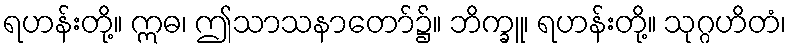
ရဟန်းတို့။ ဣဓ၊ ဤသာသနာတော်၌။ ဘိက္ခူ၊ ရဟန်းတို့။ သုဂ္ဂဟိတံ၊